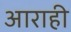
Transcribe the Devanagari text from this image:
आराही